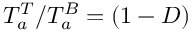
T _ { a } ^ { T } / T _ { a } ^ { B } = ( 1 - D )